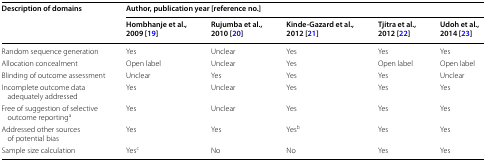
| <ROWSPAN=2> Description of domains | <COLSPAN=5> Author, publication year [reference no.] |
 | Hombhanje et al., 2009 [19] | Rujumba et al., 2010 [20] | Kinde-Gazard et al., 2012 [21] | Tjitra et al., 2012 [22] | Udoh et al., 2014 [23] |
 | --- | --- | --- | --- | --- | --- |
 | Random sequence generation | Yes | Unclear | Yes | Yes | Yes |
 | Allocation concealment | Open label | Unclear | Yes | Open label | Open label |
 | Blinding of outcome assessment | Unclear | Yes | Yes | Yes | Unclear |
 | Incomplete outcome data adequately addressed | Yes | Unclear | Yes | Yes | Yes |
 | Free of suggestion of selective outcome reportinga | Yes | Unclear | Yes | Yes | Yes |
 | Addressed other sources of potential bias | Yes | Yes | Yesb | Yes | Yes |
 | Sample size calculation | Yesc | No | No | Yes | Yes |